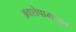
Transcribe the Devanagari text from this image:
अवशेषामधून